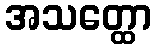
အသတ္ထော